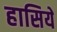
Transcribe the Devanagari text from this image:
हासिये